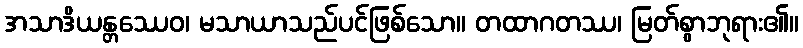
အသာဒိယန္တဿေဝ၊ မသာယာသည်ပင်ဖြစ်သော။ တထာဂတဿ၊ မြတ်စွာဘုရား၏။